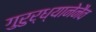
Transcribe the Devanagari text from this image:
गुरुर्ध्यानेनैव